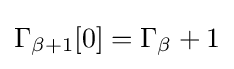
\Gamma _{\beta +1}[0]=\Gamma _{\beta }+1